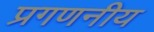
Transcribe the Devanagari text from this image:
प्रगणनीय